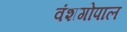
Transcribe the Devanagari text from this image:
वंशगोपाल